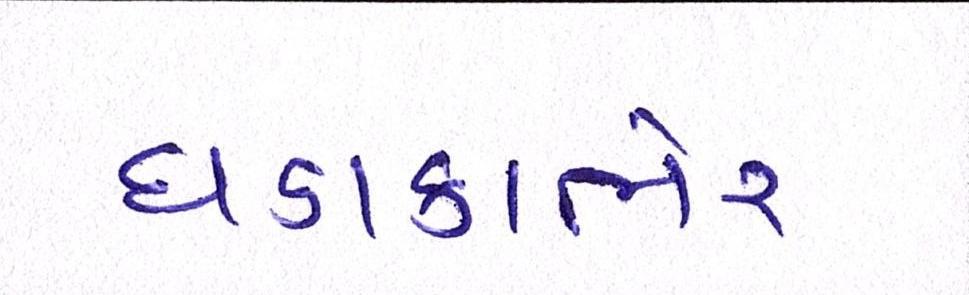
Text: ધડાકાભેર